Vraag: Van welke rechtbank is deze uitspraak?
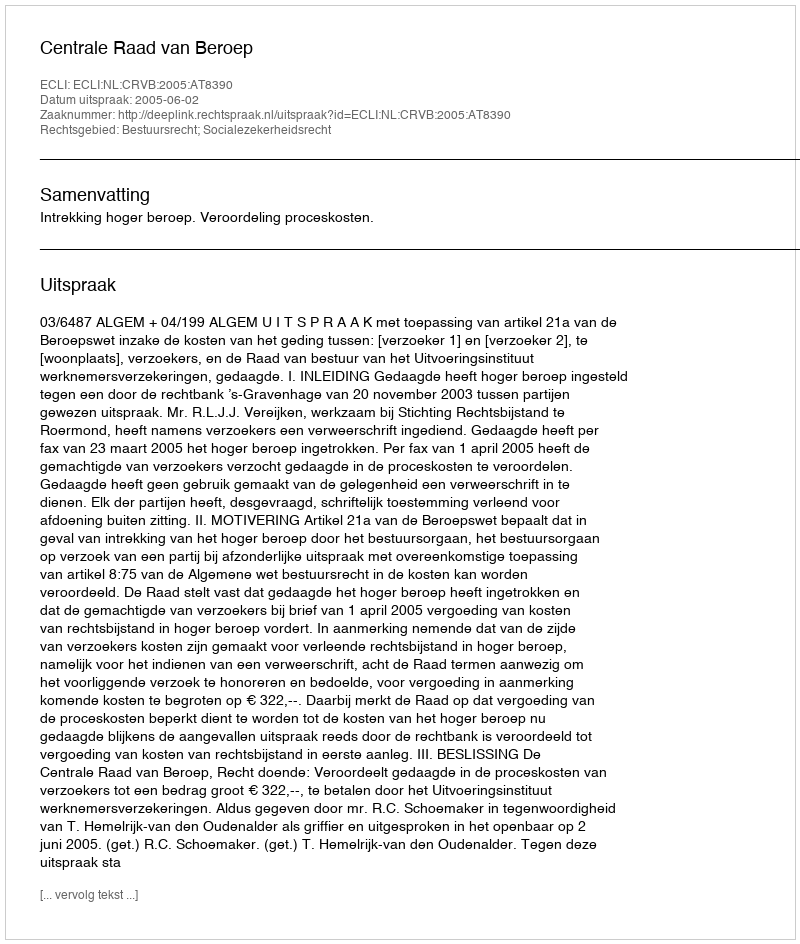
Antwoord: Centrale Raad van Beroep